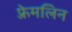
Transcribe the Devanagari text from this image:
फ़्रेमलिन